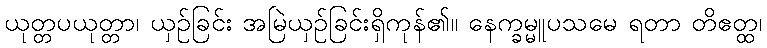
ယုတ္တပယုတ္တာ၊ ယှဉ်ခြင်း အမြဲယှဉ်ခြင်းရှိကုန်၏။ နေက္ခမ္မူပသမေ ရတာ တိဧတ္ထ၊